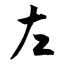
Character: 左